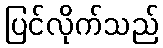
ပြင်လိုက်သည်